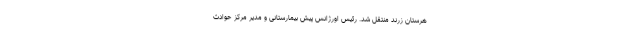
هرستان زرند منتقل شد. رئیس اورژانس پیش بیمارستانی و مدیر مرکز حوادث